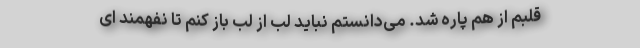
قلبم از هم پاره شد. می‌دانستم نباید لب از لب باز کنم تا نفهمند ای